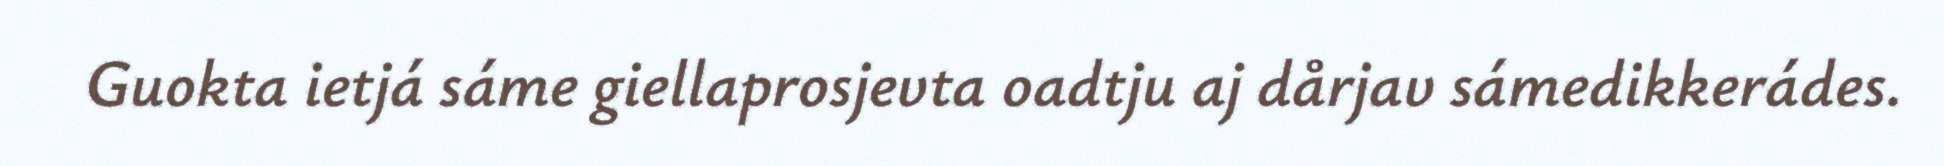
Guokta ietjá sáme giellaprosjevta oadtju aj dårjav sámedikkerádes.